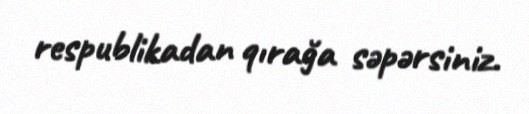
respublikadan qırağa səpərsiniz.